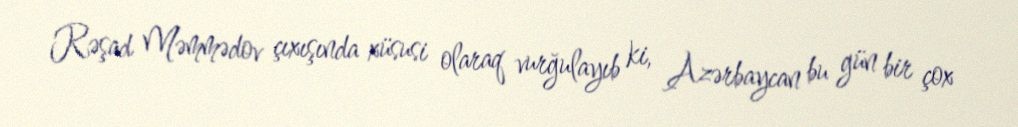
Rəşad Məmmədov çıxışında xüsusi olaraq vurğulayıb ki, Azərbaycan bu gün bir çox